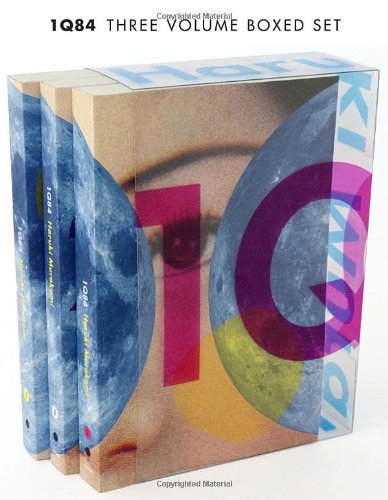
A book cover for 1Q84: 3 Volume Boxed Set (Vintage International); Haruki Murakami; Literature & Fiction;